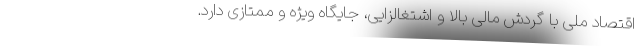
اقتصاد ملی با گردش مالی بالا و اشتغالزایی، جایگاه ویژه و ممتازی دارد.